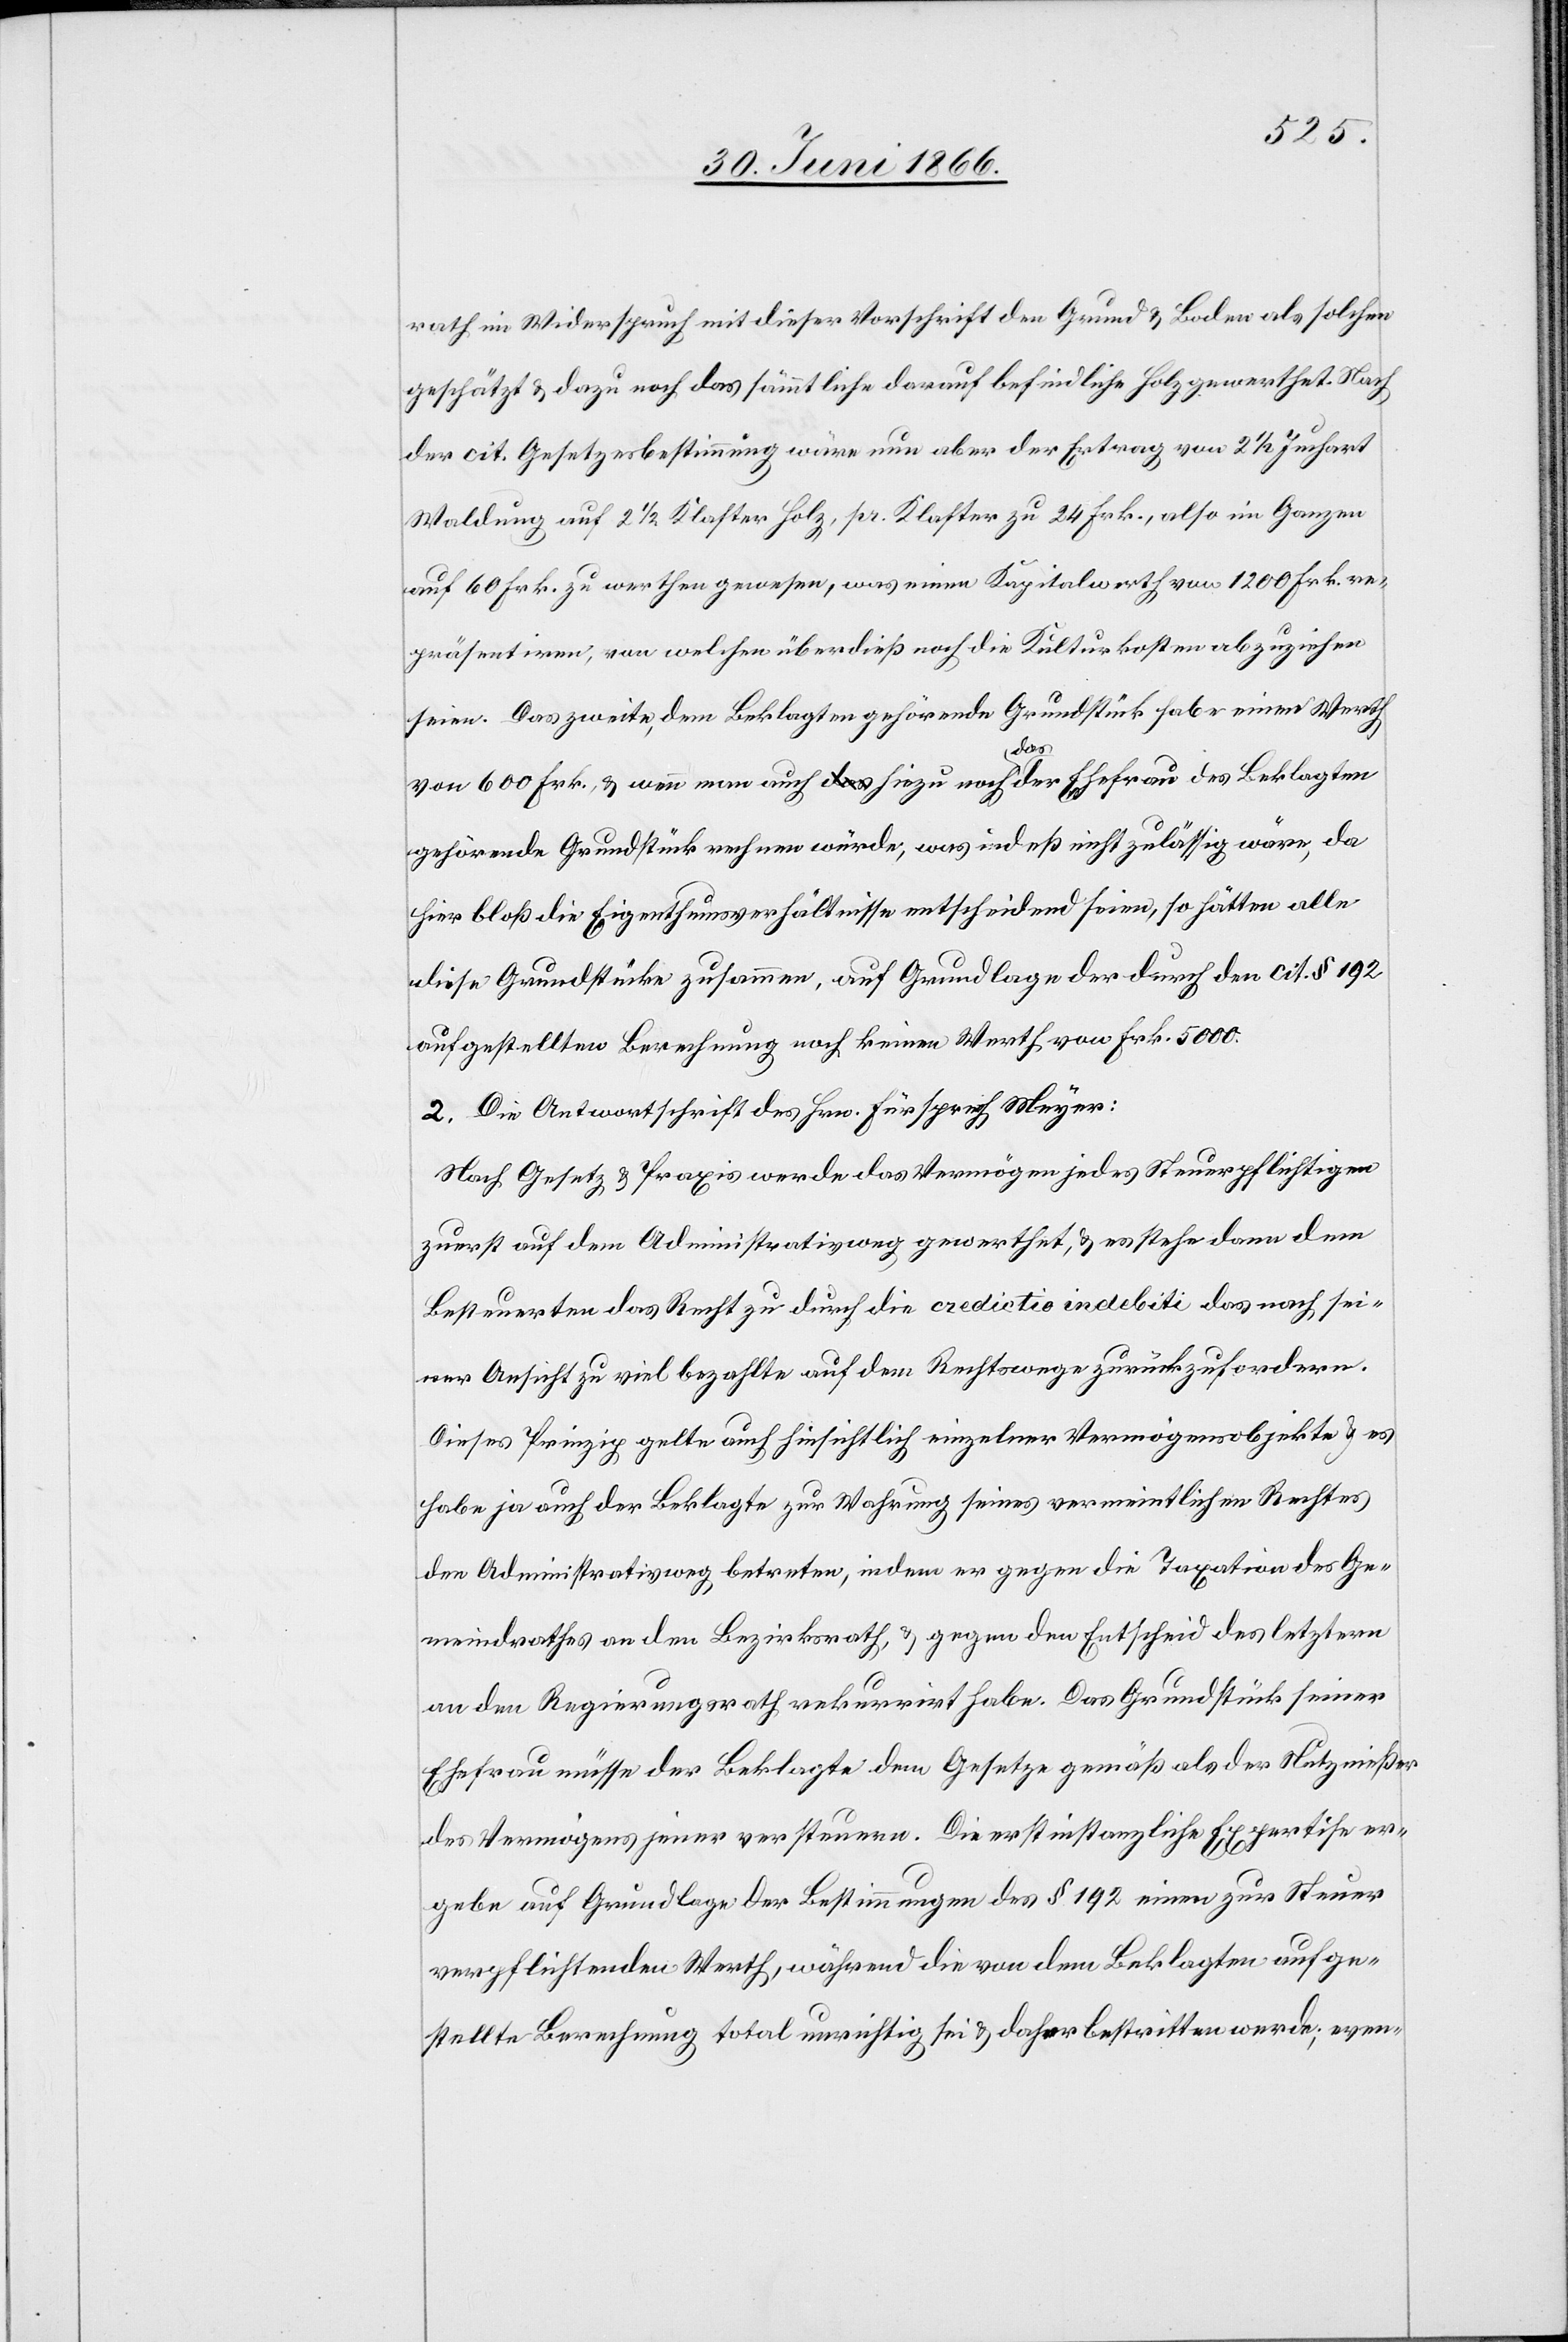
rath im Widerspruch mit dieser Vorschrift den Grund u. Boden als solchen
geschätzt u. dazu noch das sämmtliche darauf befindliche Holz gewerthet. Nach
der cit. Gesetzesbestimmung wäre nun aber der Ertrag von 2 1/2 Juchart
Waldung auf 2 1/2 Klafter Holz, pr. Klafter zu 24 Frk., also im Ganzen
auf 60 Frk. zu werthen gewesen, was einen Kapitalwerth von 1200 Frk. re¬
präsentiren [sic!], von welchen überdieß noch die Kulturkosten abzuziehen
seien. Das zweite, dem Beklagten gehörende Grundstück habe einen Werth
von 600 Frk., u. wenn man auch hiezu das der Ehefrau des Beklagten
gehörende Grundstück rechnen würde, was indeß nicht zulässig wäre, da
hier bloß die Eigenthumsverhältnisse entscheidend seien, so hätten alle
diese Grundstücke zusammen, auf Grundlage der durch den cit. § 192
aufgestellten Berechnung nach keinen Werth von Frk. 5000.
Nach Gesetz u. Praxis werde das Vermögen jedes Steuerpflichtigen
zuerst auf dem Administrativweg gewerthet, u. es stehe dann dem
Besteuerten das Recht zu durch die credictio indebili das nach sei¬
ner Ansicht zu viel bezahlte auf dem Rechtswege zurückzufordern.
Dieses Prinzip gelte auch hinsichtlich einzelner Vermögensobjekte u. es
habe ja auch der Beklagte zur Wahrung seines vermeintlichen Rechtes
den Administrativweg betreten, indem er gegen die Taxation des Ge¬
meindrathes an den Bezirksrath u. gegen den Entscheid des letztern
an den Regierungsrath rekurrirt habe. Das Grundstück seiner
Ehefrau müsse der Beklagte dem Gesetze gemäß als der Nutznießer
des Vermögens jener versteuern. Die erstinstanzliche Expertise er¬
gebe auf Grundlage der Bestimmungen des § 192 einen zur Steuer
verpflichtenden Werth, während die von dem Beklagten aufge¬
stellte Berechnung total unrichtig sei u. daher bestritten werde; even-